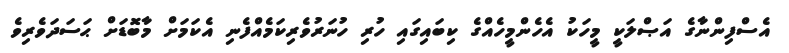
އެސްފިންނާގެ އަޞްލަކީ މީހަކު އެހެންމީހެއްގެ ކިބައިގައި ހުރި ހުނަރުވެރިކަމެއްފެނި އެކަމަށް މާބޮޑަށް ޙަސަދަވެރިވެ